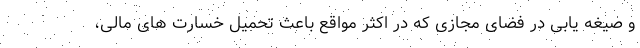
و صیغه یابی در فضای مجازی که در اکثر مواقع باعث تحمیل خسارت های مالی،